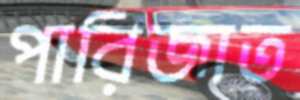
পারিজাত